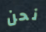
نحن